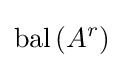
\operatorname {bal} \left(A^{r}\right)